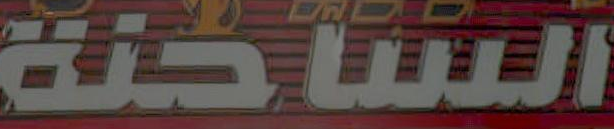
الساكنة